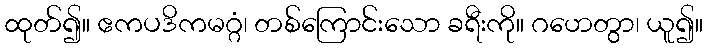
ထုတ်၍။ ဧကပဒိကမဂ္ဂံ၊ တစ်ကြောင်းသော ခရီးကို။ ဂဟေတွာ၊ ယူ၍။